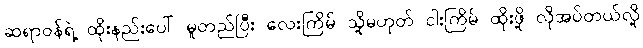
ဆရာဝန်ရဲ့ ထိုးနည်းပေါ် မူတည်ပြီး လေးကြိမ် သို့မဟုတ် ငါးကြိမ် ထိုးဖို့ လိုအပ်တယ်လို့